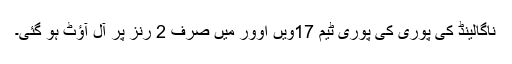
ناگالينڈ کی پوری کی پوری ٹيم 17ويں اوور ميں صرف 2 رنز پر آل آؤٹ ہو گئی۔